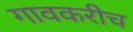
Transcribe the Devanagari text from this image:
गावकरीच